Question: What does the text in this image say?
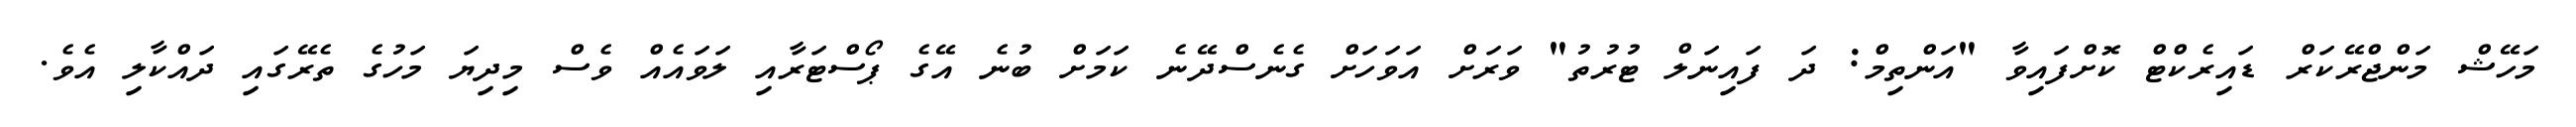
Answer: މަހޭޝް މަންޖްރޭކަރް ޑައިރެކްޓް ކޮށްފައިވާ "އަންތިމް: ދަ ފައިނަލް ޓުރުތު" ވަރަށް އަވަހަށް ގެނެސްދޭނެ ކަމަށް ބުނެ އޭގެ ޕޯސްޓަރާއި ލަވައެއް ވެސް މިދިޔަ މަހުގެ ތެރޭގައި ދައްކާލި އެވެ.